Vaccination North-Western Provinces and Oudh 1896-1901 - 1896-1901
Year: 1896
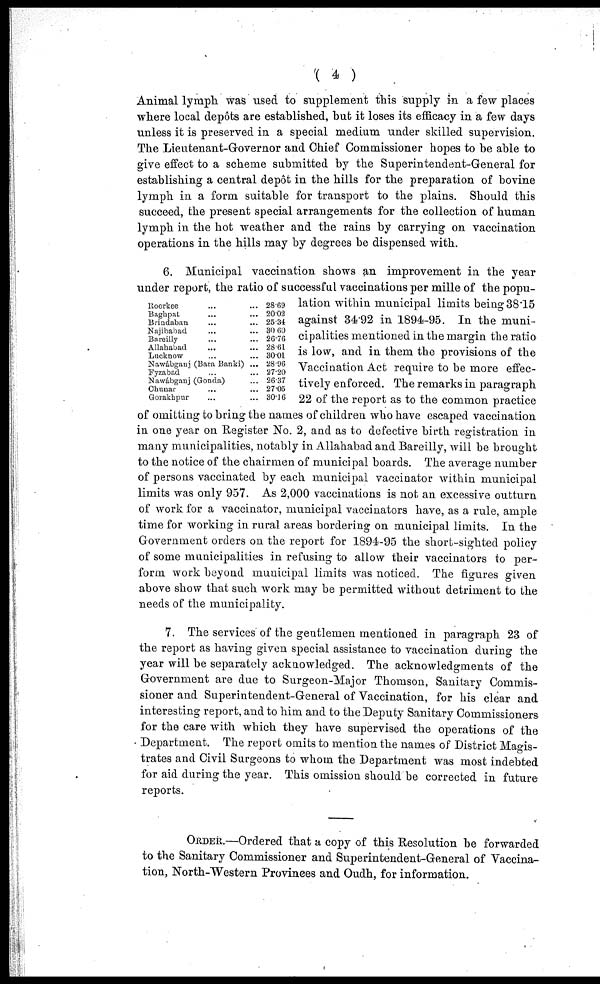
( 4 )
Animal lymph was used to supplement this supply in a few places
where local depôts are established, but it loses its efficacy in a few days
unless it is preserved in a special medium under skilled supervision.
The Lieutenant-Governor and Chief Commissioner hopes to be able to
give effect to a scheme submitted by the Superintendent-General for
establishing a central depôt in the hills for the preparation of bovine
lymph in a form suitable for transport to the plains. Should this
succeed, the present special arrangements for the collection of human
lymph in the hot weather and the rains by carrying on vaccination
operations in the hills may by degrees be dispensed with.
Roorkee ... ...
Baghpat ... ...
Brindaban ... ...
Najibabad ... ...
Bareilly ... ...
Allahabad ... ...
Lucknow ... ...
Nawábganj (Bara Banki) ...
Fyzabad ... ...
Nawábganj (Gonda) ...
Chunar ... ...
Gorakhpur ... ...
28.69
20.02
25.34
30.60
26.76
28.61
30.01
28.96
27.20
26.37
27.05
30.16
6. Municipal vaccination shows an improvement in the year
under report, the ratio of successful vaccinations per mille of the popu-
lation within municipal limits being 38.15
against 34.92 in 1894-95. In the muni-
cipalities mentioned in the margin the ratio
is low, and in them the provisions of the
Vaccination Act require to be more effec-
tively enforced. The remarks in paragraph
22 of the report as to the common practice
of omitting to bring the names of children who have escaped vaccination
in one year on Register No. 2, and as to defective birth registration in
many municipalities, notably in Allahabad and Bareilly, will be brought
to the notice of the chairmen of municipal boards. The average number
of persons vaccinated by each municipal vaccinator within municipal
limits was only 957. As 2,000 vaccinations is not an excessive outturn
of work for a vaccinator, municipal vaccinators have, as a rule, ample
time for working in rural areas bordering on municipal limits. In the
Government orders on the report for 1894-95 the short-sighted policy
of some municipalities in refusing to allow their vaccinators to per-
form work beyond municipal limits was noticed. The figures given
above show that such work may be permitted without detriment to the
needs of the municipality.
7. The services of the gentlemen mentioned in paragraph 23 of
the report as having given special assistance to vaccination during the
year will be separately acknowledged. The acknowledgments of the
Government are due to Surgeon-Major Thomson, Sanitary Commis-
sioner and Superintendent-General of Vaccination, for his clear and
interesting report, and to him and to the Deputy Sanitary Commissioners
for the care with which they have supervised the operations of the
Department. The report omits to mention the names of District Magis-
trates and Civil Surgeons to whom the Department was most indebted
for aid during the year. This omission should be corrected in future
reports.
ORDER.—Ordered that a copy of this Resolution be forwarded
to the Sanitary Commissioner and Superintendent-General of Vaccina-
tion, North-Western Provinces and Oudh, for information.